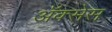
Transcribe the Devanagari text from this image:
अॅक्सेस